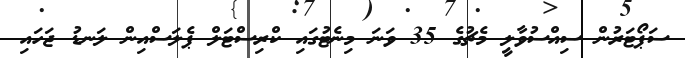
ސަޕޯޓަރުން ސިއްސުވާލީ މެޗުގެ 35 ވަނަ މިނެޓުގައި ކްރިސްޓަލް ޕެލަސްއިން ލަނޑު ޖަހައި